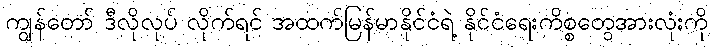
ကျွန်တော် ဒီလိုလုပ် လိုက်ရင် အထက်မြန်မာနိုင်ငံရဲ့ နိုင်ငံရေးကိစ္စတွေအားလုံးကို